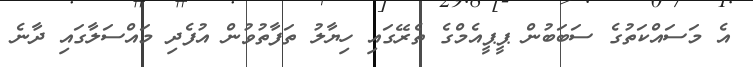
އެ މަސައްކަތުގެ ސަބަބުން ޕީޕީއެމްގެ ތެރޭގައި ހިޔާލު ތަފާތުވުން އުފެދި މައްސަލާގައި ދާނެ